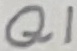
Text: Q1